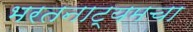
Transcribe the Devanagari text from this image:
भरतनाट्यमचा